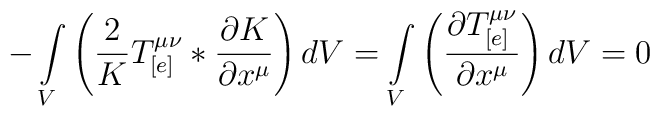
-\int\limits_{V}\left(\frac{2}{K} T_{[e]}^{\mu\nu} * \frac{\partial K}{\partial x^{\mu}}\right) dV = \int\limits_{V}\left(\frac{\partial T_{[e]}^{\mu\nu}}{\partial x^{\mu}}\right) dV = 0